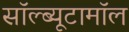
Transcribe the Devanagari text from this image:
सॉल्ब्यूटामॉल